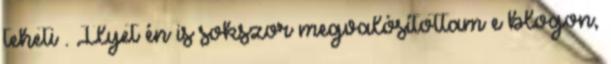
teheti . Ilyet én is sokszor megvalósítottam e blogon,